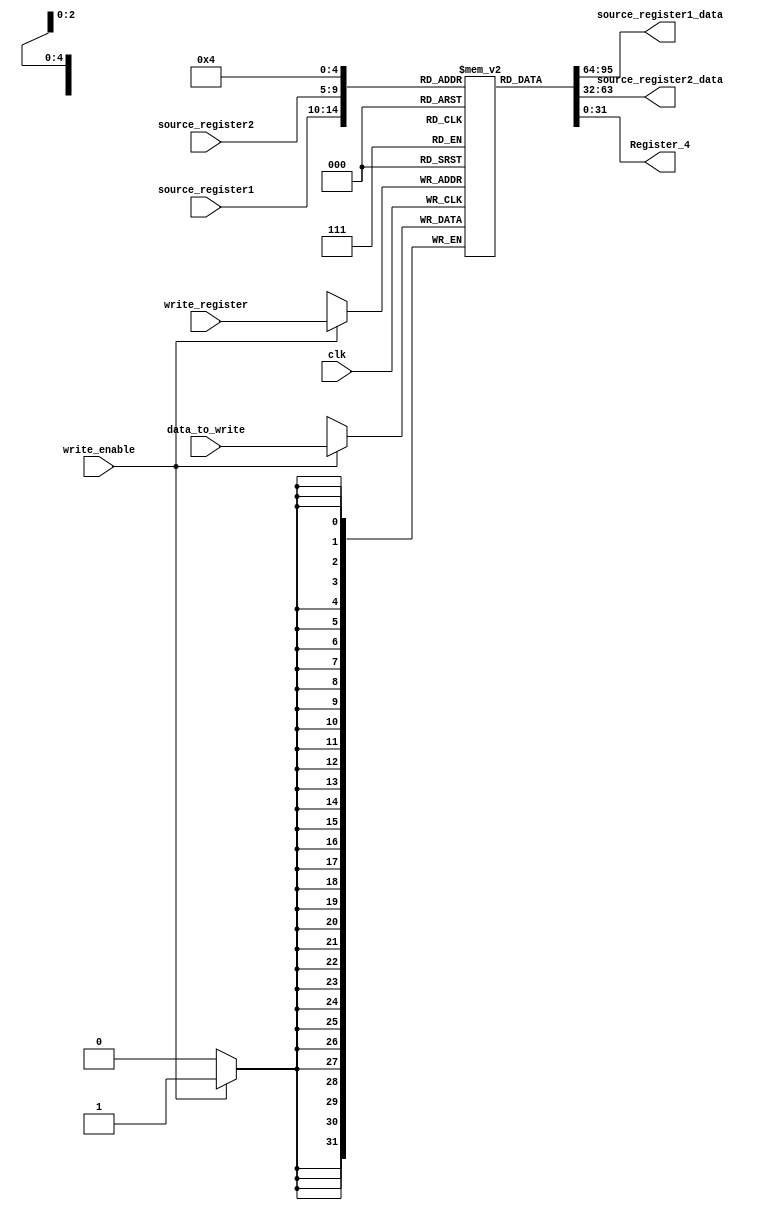
`timescale 1ns / 1ns

module Register_file( source_register1, source_register2, write_register, clk, source_register1_data, source_register2_data, write_enable, data_to_write, Register_4);

input clk;
input [31:0] data_to_write;
input [4:0] source_register1, source_register2, write_register;
input write_enable;
output reg [31:0]  source_register1_data, source_register2_data, Register_4; //Register_4 is being used for storing fibonnaci output data

reg [31:0] regfile [31:0]; //32 registers, 32 bit wide

initial begin
	source_register1_data = 0;
	source_register2_data = 0;
	regfile[0] = 32'h0000_0000;
	regfile[1] = 32'h0000_0000;
	regfile[2] = 32'h0000_0000;
	regfile[3] = 32'h0000_0000;
	regfile[4] = 32'h0000_0000;
	regfile[5] = 32'h0000_0000;
	regfile[6] = 32'h0000_0000;
	regfile[7] = 32'h0000_0000;
	regfile[8] = 32'h0000_0000;
	regfile[9] = 32'h0000_0000;
	regfile[10] = 32'h0000_0000;
	regfile[11] = 32'h0000_0000;
	regfile[12] = 32'h0000_0000;
	regfile[13] = 32'h0000_0000;
	regfile[14] = 32'h0000_0000;
	regfile[15] = 32'h0000_0000;
	regfile[16] = 32'h0000_0000;
	regfile[17] = 32'h0000_0000;
	regfile[18] = 32'h0000_0000;
	regfile[19] = 32'h0000_0000;
	regfile[20] = 32'h0000_0000;
	regfile[21] = 32'h0000_0000;
	regfile[22] = 32'h0000_0000;
	regfile[23] = 32'h0000_0000;
	regfile[24] = 32'h0000_0000;
	regfile[25] = 32'h0000_0000;
	regfile[26] = 32'h0000_0000;
	regfile[27] = 32'h0000_0000;
	regfile[28] = 32'h0000_0000;
	regfile[29] = 32'h0000_0000;
	regfile[30] = 32'h0000_0000;
	regfile[31] = 32'h0000_0000;
end

always @(posedge clk)
begin
	if (write_enable)
	begin
		regfile[write_register] = data_to_write;
	end
end

always @(*)
begin
	source_register1_data = regfile[source_register1];
	source_register2_data = regfile[source_register2];
	Register_4 = regfile[4];

end

endmodule